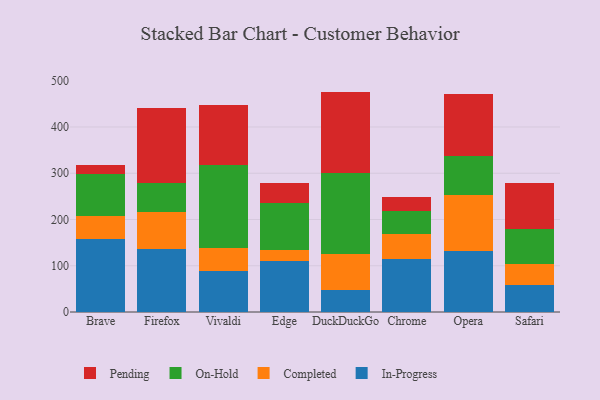
{"axis": {"x": "Browser", "y": "Headcount"}, "legend": ["Completed", "In-Progress", "On-Hold", "Pending"], "data": [{"x": "Brave", "y": 158.9, "type": "In-Progress"}, {"x": "Brave", "y": 47.8, "type": "Completed"}, {"x": "Brave", "y": 91.9, "type": "On-Hold"}, {"x": "Brave", "y": 19.4, "type": "Pending"}, {"x": "Firefox", "y": 137.1, "type": "In-Progress"}, {"x": "Firefox", "y": 78.6, "type": "Completed"}, {"x": "Firefox", "y": 64.1, "type": "On-Hold"}, {"x": "Firefox", "y": 162.2, "type": "Pending"}, {"x": "Vivaldi", "y": 89.2, "type": "In-Progress"}, {"x": "Vivaldi", "y": 49.3, "type": "Completed"}, {"x": "Vivaldi", "y": 178.9, "type": "On-Hold"}, {"x": "Vivaldi", "y": 129.1, "type": "Pending"}, {"x": "Edge", "y": 109.3, "type": "In-Progress"}, {"x": "Edge", "y": 25.8, "type": "Completed"}, {"x": "Edge", "y": 100.7, "type": "On-Hold"}, {"x": "Edge", "y": 42.7, "type": "Pending"}, {"x": "DuckDuckGo", "y": 46.9, "type": "In-Progress"}, {"x": "DuckDuckGo", "y": 78.3, "type": "Completed"}, {"x": "DuckDuckGo", "y": 175.9, "type": "On-Hold"}, {"x": "DuckDuckGo", "y": 175.4, "type": "Pending"}, {"x": "Chrome", "y": 114.5, "type": "In-Progress"}, {"x": "Chrome", "y": 53.1, "type": "Completed"}, {"x": "Chrome", "y": 50.1, "type": "On-Hold"}, {"x": "Chrome", "y": 31.3, "type": "Pending"}, {"x": "Opera", "y": 131.7, "type": "In-Progress"}, {"x": "Opera", "y": 121.4, "type": "Completed"}, {"x": "Opera", "y": 84.1, "type": "On-Hold"}, {"x": "Opera", "y": 134.7, "type": "Pending"}, {"x": "Safari", "y": 57.7, "type": "In-Progress"}, {"x": "Safari", "y": 46.4, "type": "Completed"}, {"x": "Safari", "y": 76.3, "type": "On-Hold"}, {"x": "Safari", "y": 98.6, "type": "Pending"}]}